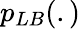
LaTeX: p_{LB}(.)